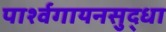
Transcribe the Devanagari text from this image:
पार्श्वगायनसुद्धा